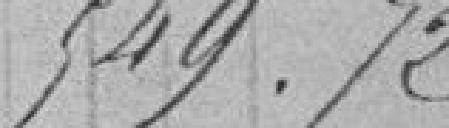
549.72